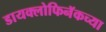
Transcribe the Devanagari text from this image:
डायक्लोफिनॅकच्या